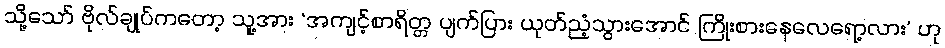
သို့သော် ဗိုလ်ချုပ်ကတော့ သူ့အား ‘အကျင့်စာရိတ္တ ပျက်ပြား ယုတ်ညံ့သွားအောင် ကြိုးစားနေလေရော့လား’ ဟု